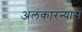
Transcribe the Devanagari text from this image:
अलंकारन्यास